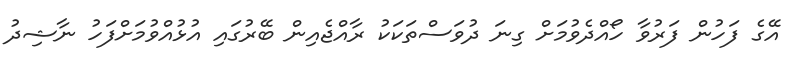
އޭގެ ފަހުން ފަރުވާ ހޯއްދެވުމަށް ގިނަ ދުވަސްތަކަކު ރާއްޖެއިން ބޭރުގައި އުޅުއްވުމަށްފަހު ނާޝިދު